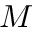
M